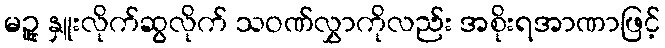
မဉ္ဇူ နှူးလိုက်ဆွလိုက် သဝဏ်လွှာကိုလည်း အစိုးရအာဏာဖြင့်